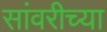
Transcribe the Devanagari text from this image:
सांवरीच्या